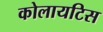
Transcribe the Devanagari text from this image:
कोलायटिस